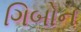
ગિબોન